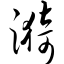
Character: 漪